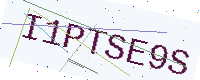
Text: I1PTSE9S